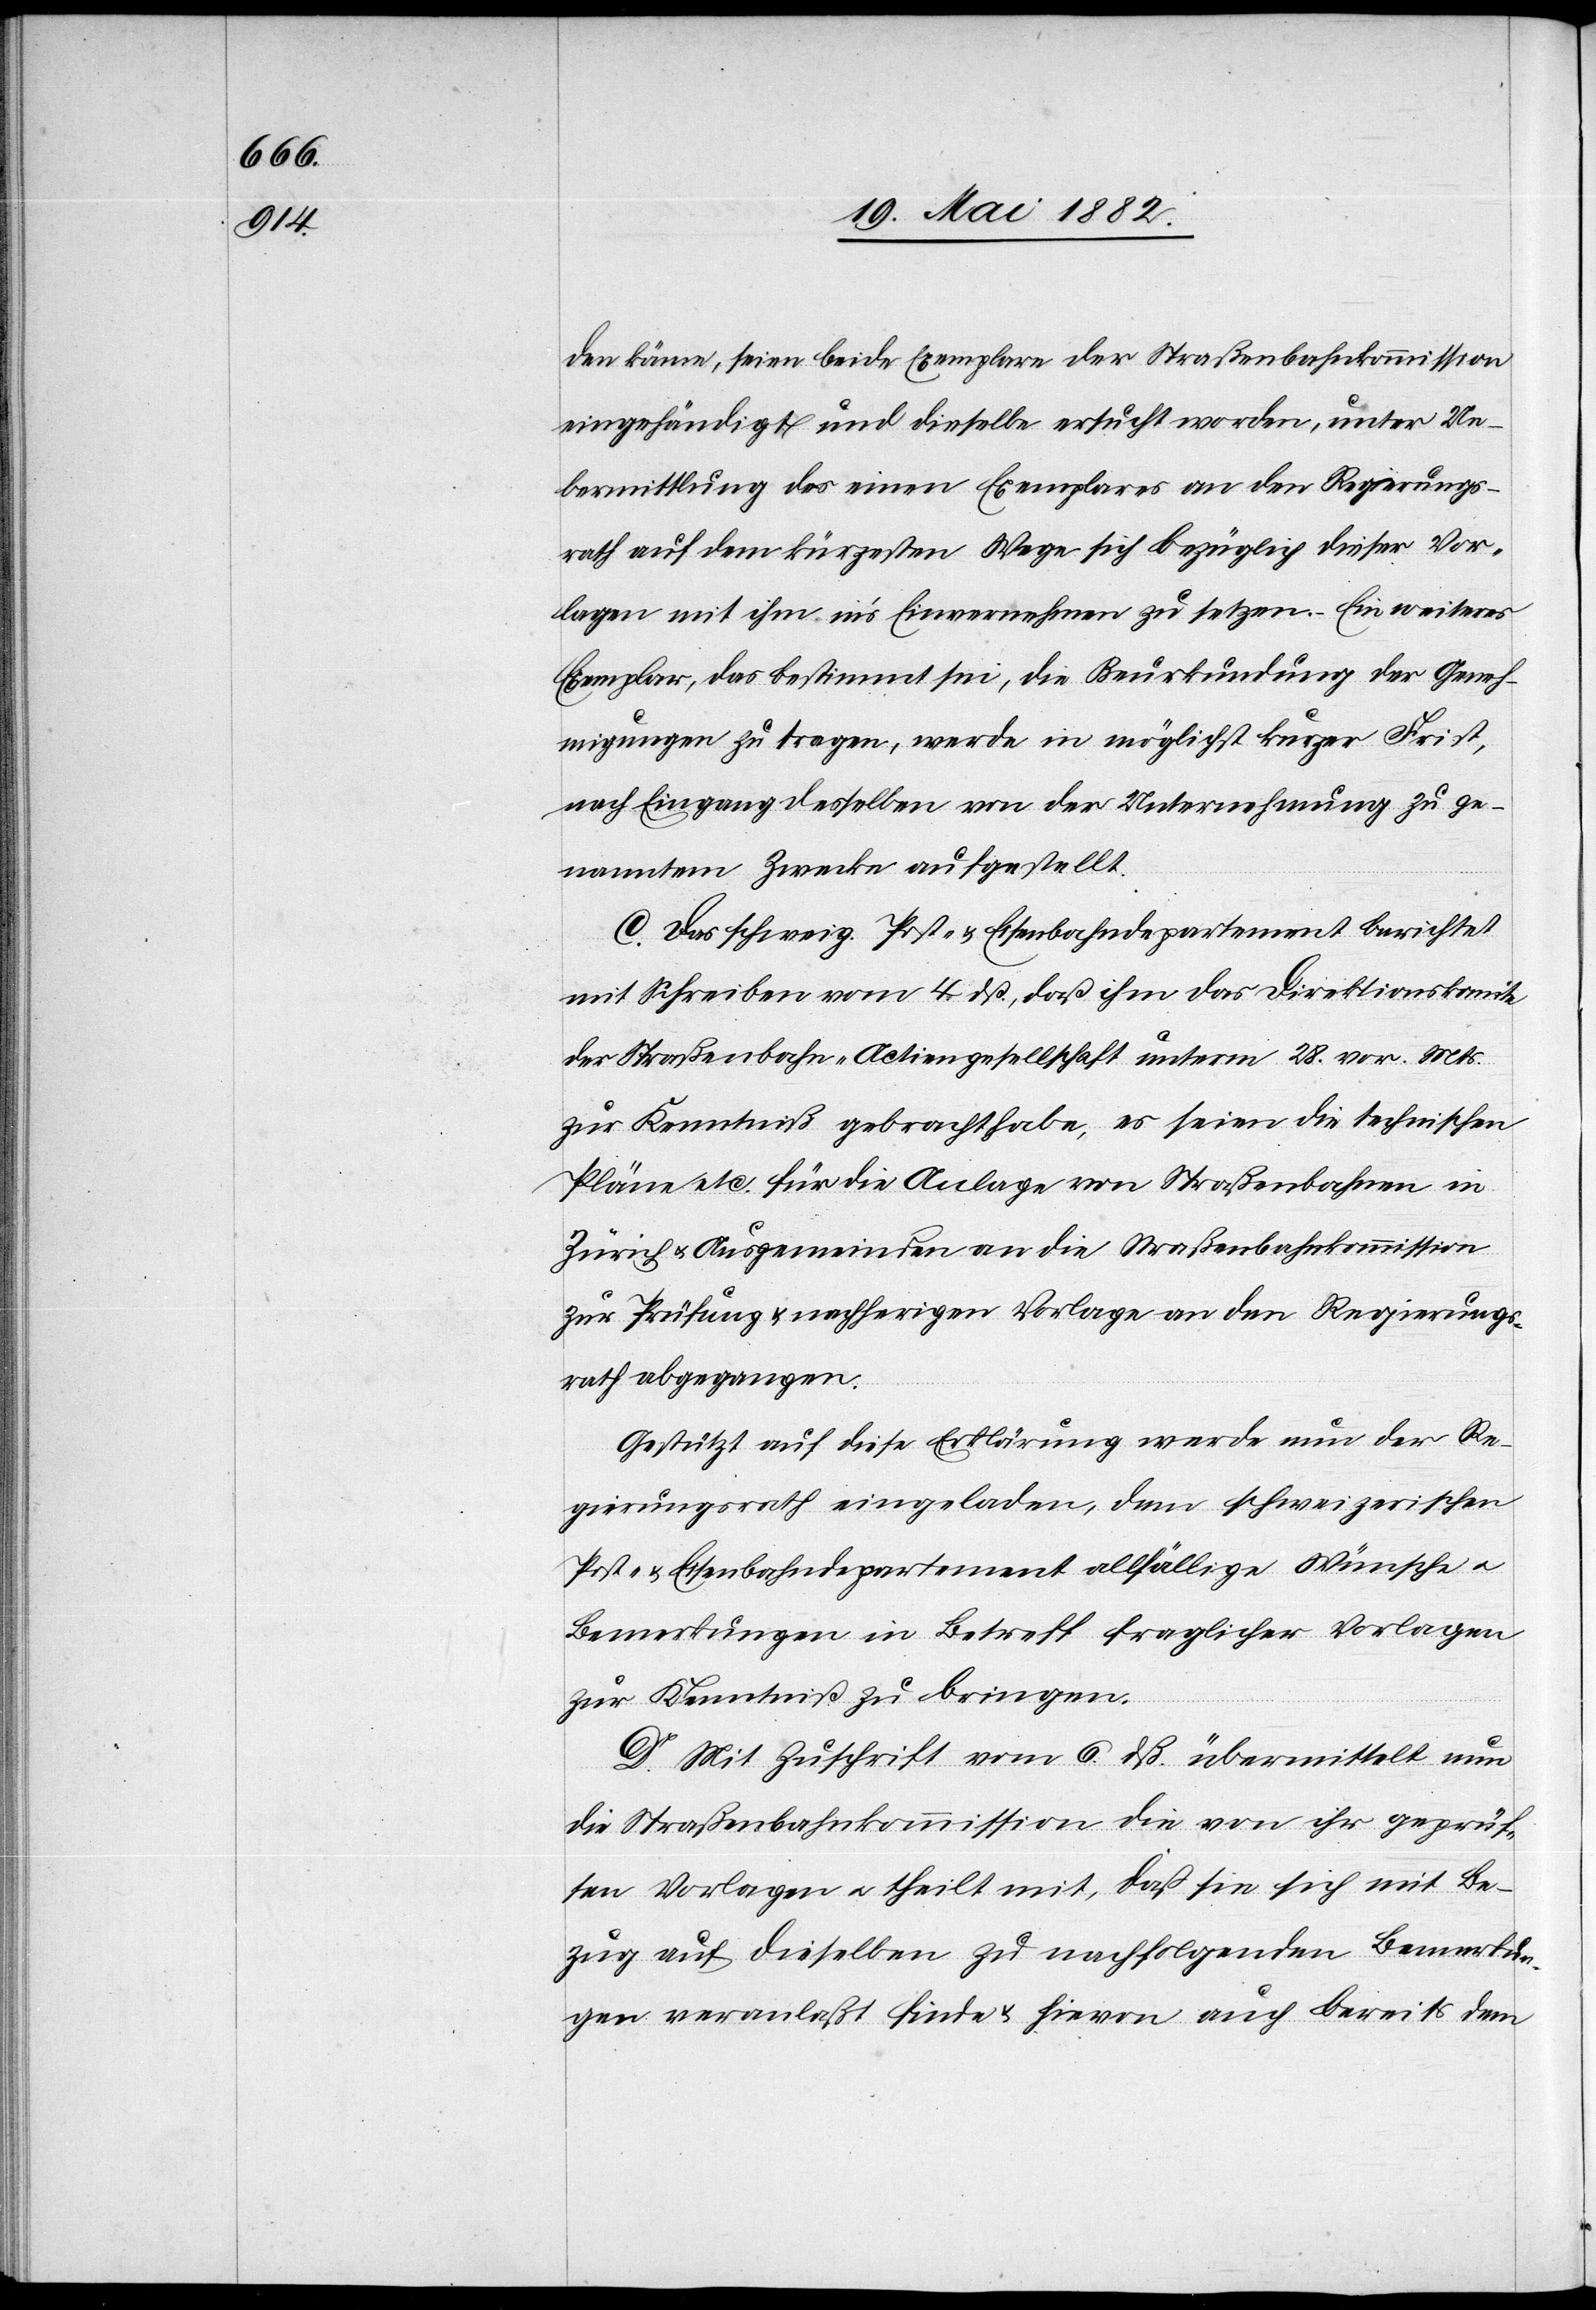
den könne, seien beide Exemplare der Straßenbahnkommission
eingehändigt und dieselbe ersucht worden, unter Ue¬
bermittlung des einen Exemplares an den Regierungs¬
rath auf dem kürzesten Wege sich bezüglich dieser Vor¬
lagen mit ihm in’s Einvernehmen zu setzen. Ein weiteres
Exemplar, das bestimmt sei, die Bauerkundung der Geneh¬
migungen zu tragen, werde in möglichst kurzer Frist,
nach Eingang desselben von der Unternehmung zu ge¬
nanntem Zwecke aufgestellt.
C. Das schweiz. Post- & Eisenbahndepartement berichtet
mit Schreiben vom 4. dß., daß ihm das Direktionskomite
der Straßenbahn-Actiengesellschaft unterm 28. vor. Mts.
zur Kenntniß gebracht habe, es seien die technischen
Pläne etc. für die Anlage von Straßenbahnen in
Zürich u. Ausgemeinden an die Straßenbahnkommission
zur Prüfung & nachherigen Vorlage an den Regierungs¬
rath abgegangen.
Gestützt auf diese Erklärung werde nun der Re¬
gierungsrath eingeladen, dem schweizerischen
Post- & Eisenbahndepartement allfällige Wünsche u.
Bemerkungen in Betreff fraglicher Vorlagen
zur Kenntniß zu bringen.
D. Mit Zuschrift vom 6. dß. übermittelt nun
die Straßenbahnkommission die von ihr geprüf¬
ten Vorlagen u. theilt mit, daß sie sich mit Be¬
zug auf dieselben zu nachfolgenden Bemerkun¬
gen veranlaßt findet & hievon auch bereits dem